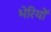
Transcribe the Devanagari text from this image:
भेरियों